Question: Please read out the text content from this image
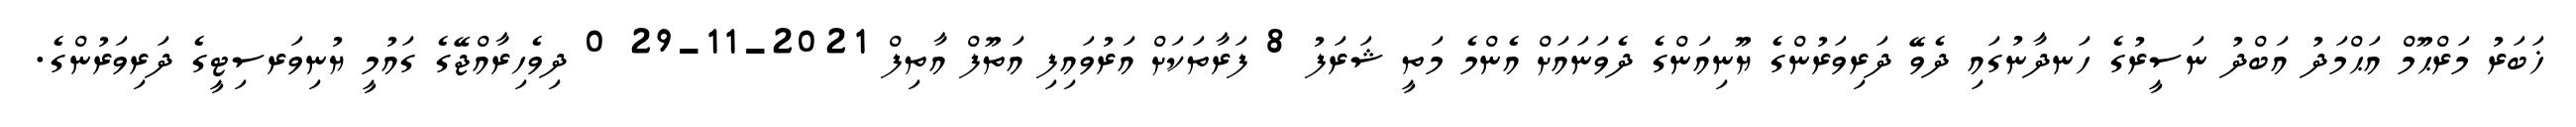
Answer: ޚަބަރު މަރްޙޫމް އަޙްމަދު އަބްދު ނަސީރުގެ ހަނދާނުގައި ދެވޭ ދަރިވަރުންގެ ޔޫނިއަންގެ ދެވަނައަށް އެންމެ މަތީ ޝަރަފު 8 ފަރާތަކަށް އަރުވައިފި އަތޫފް އާތިފް 2021-11-29 0 ދިވެހިރާއްޖޭގެ ގައުމީ ޔުނިވަރސިޓީގެ ދަރިވަރުންގެ.